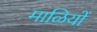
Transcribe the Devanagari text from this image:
माळियों